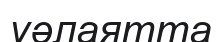
уәлаятта